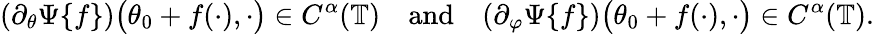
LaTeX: (\partial_{\theta}\Psi\{ f\} )\big(\theta_{0}+f(\cdot),\cdot\big)\in C^{\alpha}(\mathbb{T})\quad\textnormal{and}\quad(\partial_{\varphi}\Psi\{ f\} )\big(\theta_{0}+f(\cdot),\cdot\big)\in C^{\alpha}(\mathbb{T}).